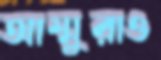
আম্মুরাও